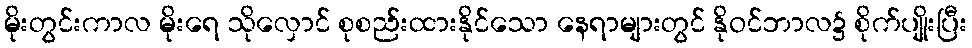
မိုးတွင်းကာလ မိုးရေ သိုလှောင် စုစည်းထားနိုင်သော နေရာများတွင် နိုဝင်ဘာလ၌ စိုက်ပျိုးပြီး